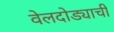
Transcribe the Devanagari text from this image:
वेलदोड्याची